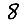
Digit: 8